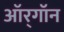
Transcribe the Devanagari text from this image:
ऑर्‌गॉन